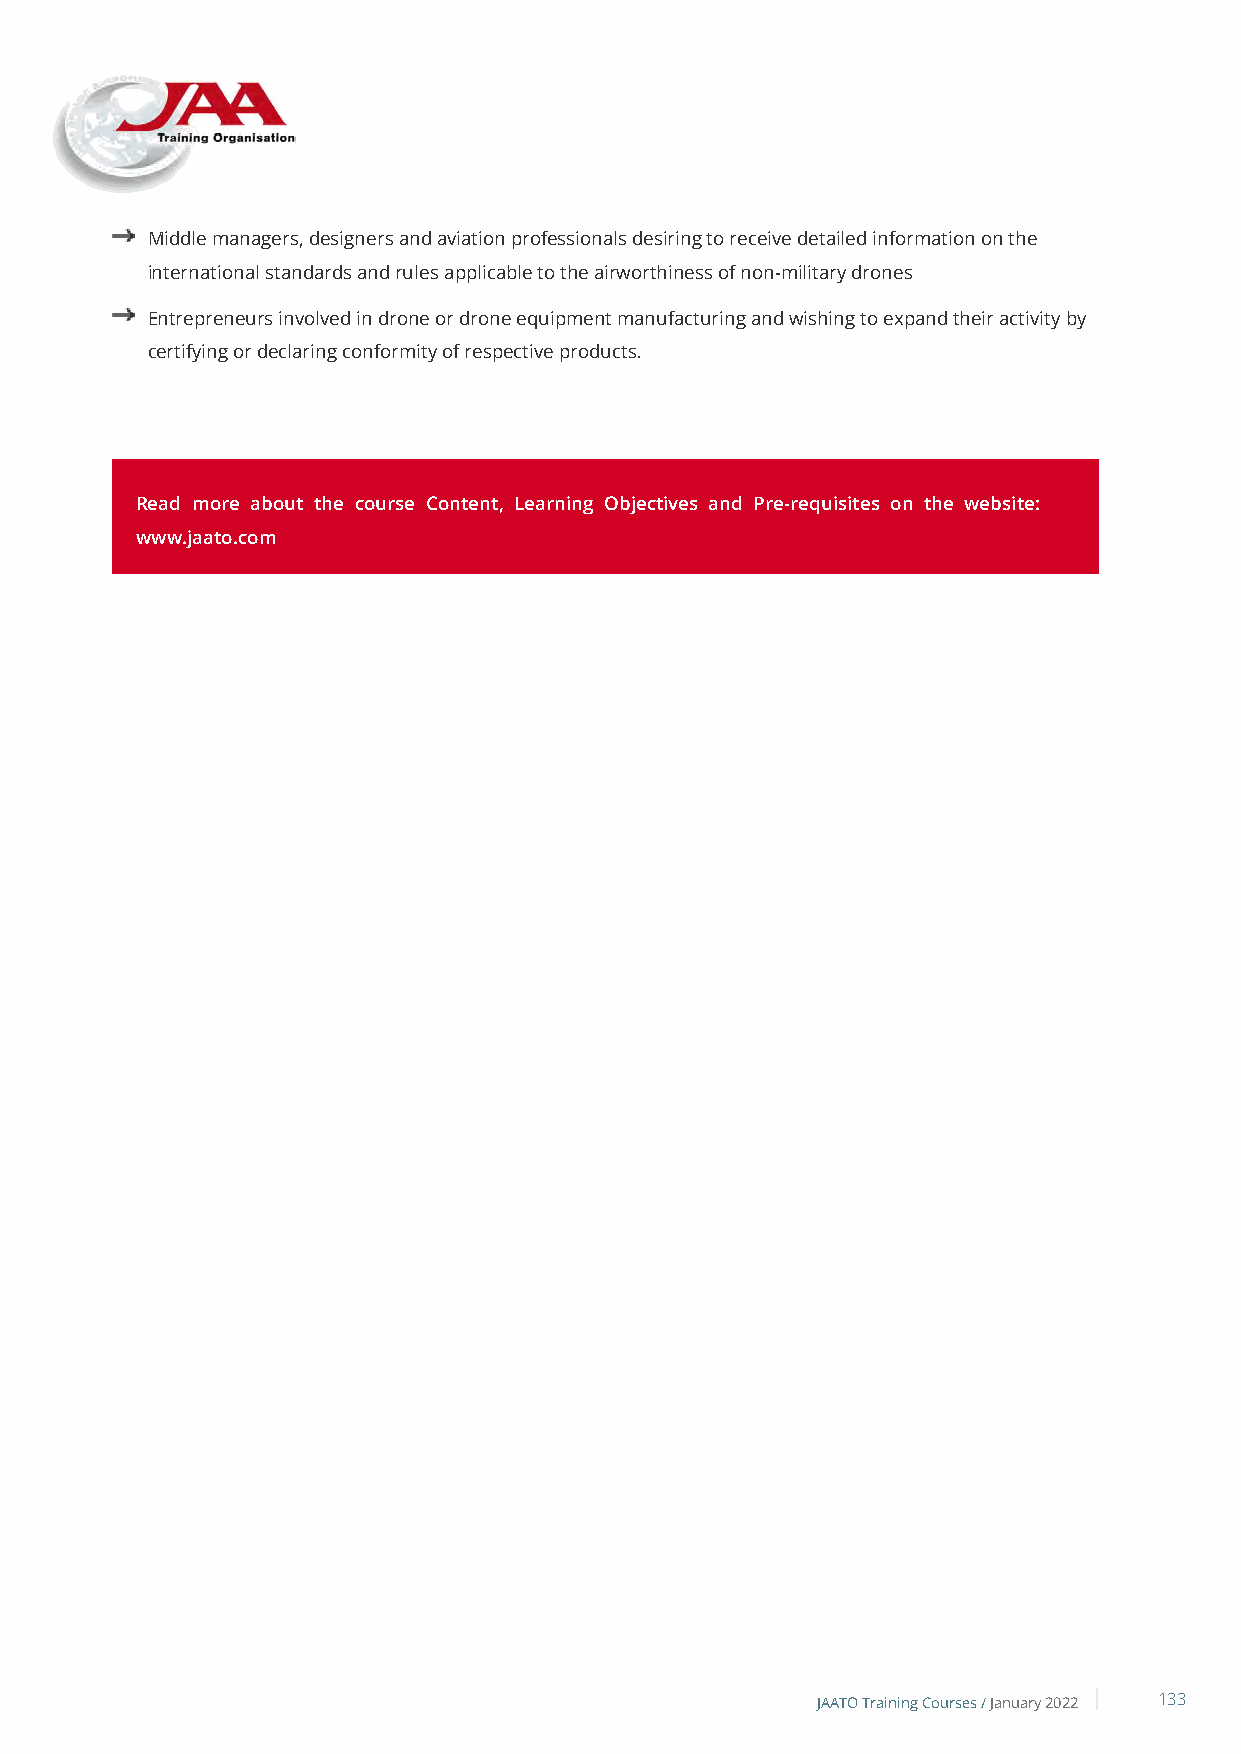
Middle managers, designers and aviation professionals desiring to receive detailed information on the
 international standards and rules applicable to the airworthiness of non-military drones
 Entrepreneurs involved in drone or drone equipment manufacturing and wishing to expand their activity by
 certifying or declaring conformity of respective products.
 Read more about the course Content, Learning Objectives and Pre-requisites on the website:
 www.jaato.com
 JAATO Training Courses /January 2022 133